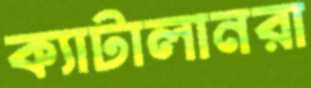
ক্যাটালানরা